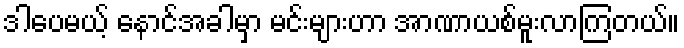
ဒါပေမယ့် နောင်အခါမှာ မင်းများဟာ အာဏာယစ်မူးလာကြတယ်။